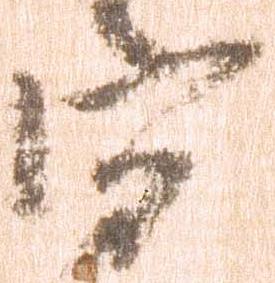
守